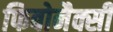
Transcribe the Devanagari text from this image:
फिबोनैक्सी